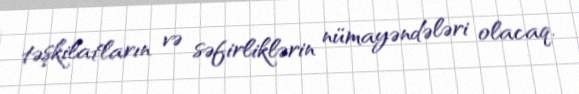
təşkilatların və səfirliklərin nümayəndələri olacaq.